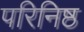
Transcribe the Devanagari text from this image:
परिनिष्ठ